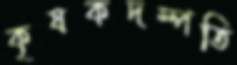
কৃষকদম্পতি